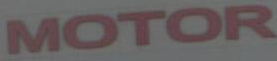
MOTOR